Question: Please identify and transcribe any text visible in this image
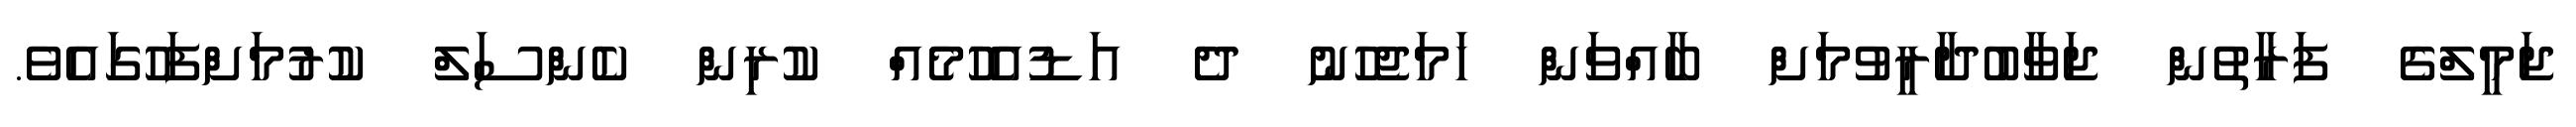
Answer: ޖަމީލްގެ ފަރާތުން ޖަވާބުދާރީވުމަށް ބާއްވަން ހަމަޖެހުނު ދެ އަޑުއެހުމެއް ކުރިން ކެންސަލް ކުރުމަށްފަހުގައެވެ.